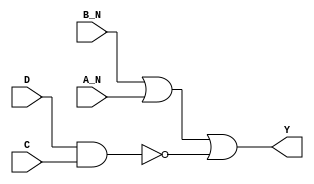
module sky130_fd_sc_ls__nand4bb_6 (
    Y  ,
    A_N,
    B_N,
    C  ,
    D
);
    output Y  ;
    input  A_N;
    input  B_N;
    input  C  ;
    input  D  ;
    wire nand0_out;
    wire or0_out_Y;
    nand nand0 (nand0_out, D, C               );
    or   or0   (or0_out_Y, B_N, A_N, nand0_out);
    buf  buf0  (Y        , or0_out_Y          );
endmodule